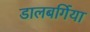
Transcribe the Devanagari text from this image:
डालबर्गिया